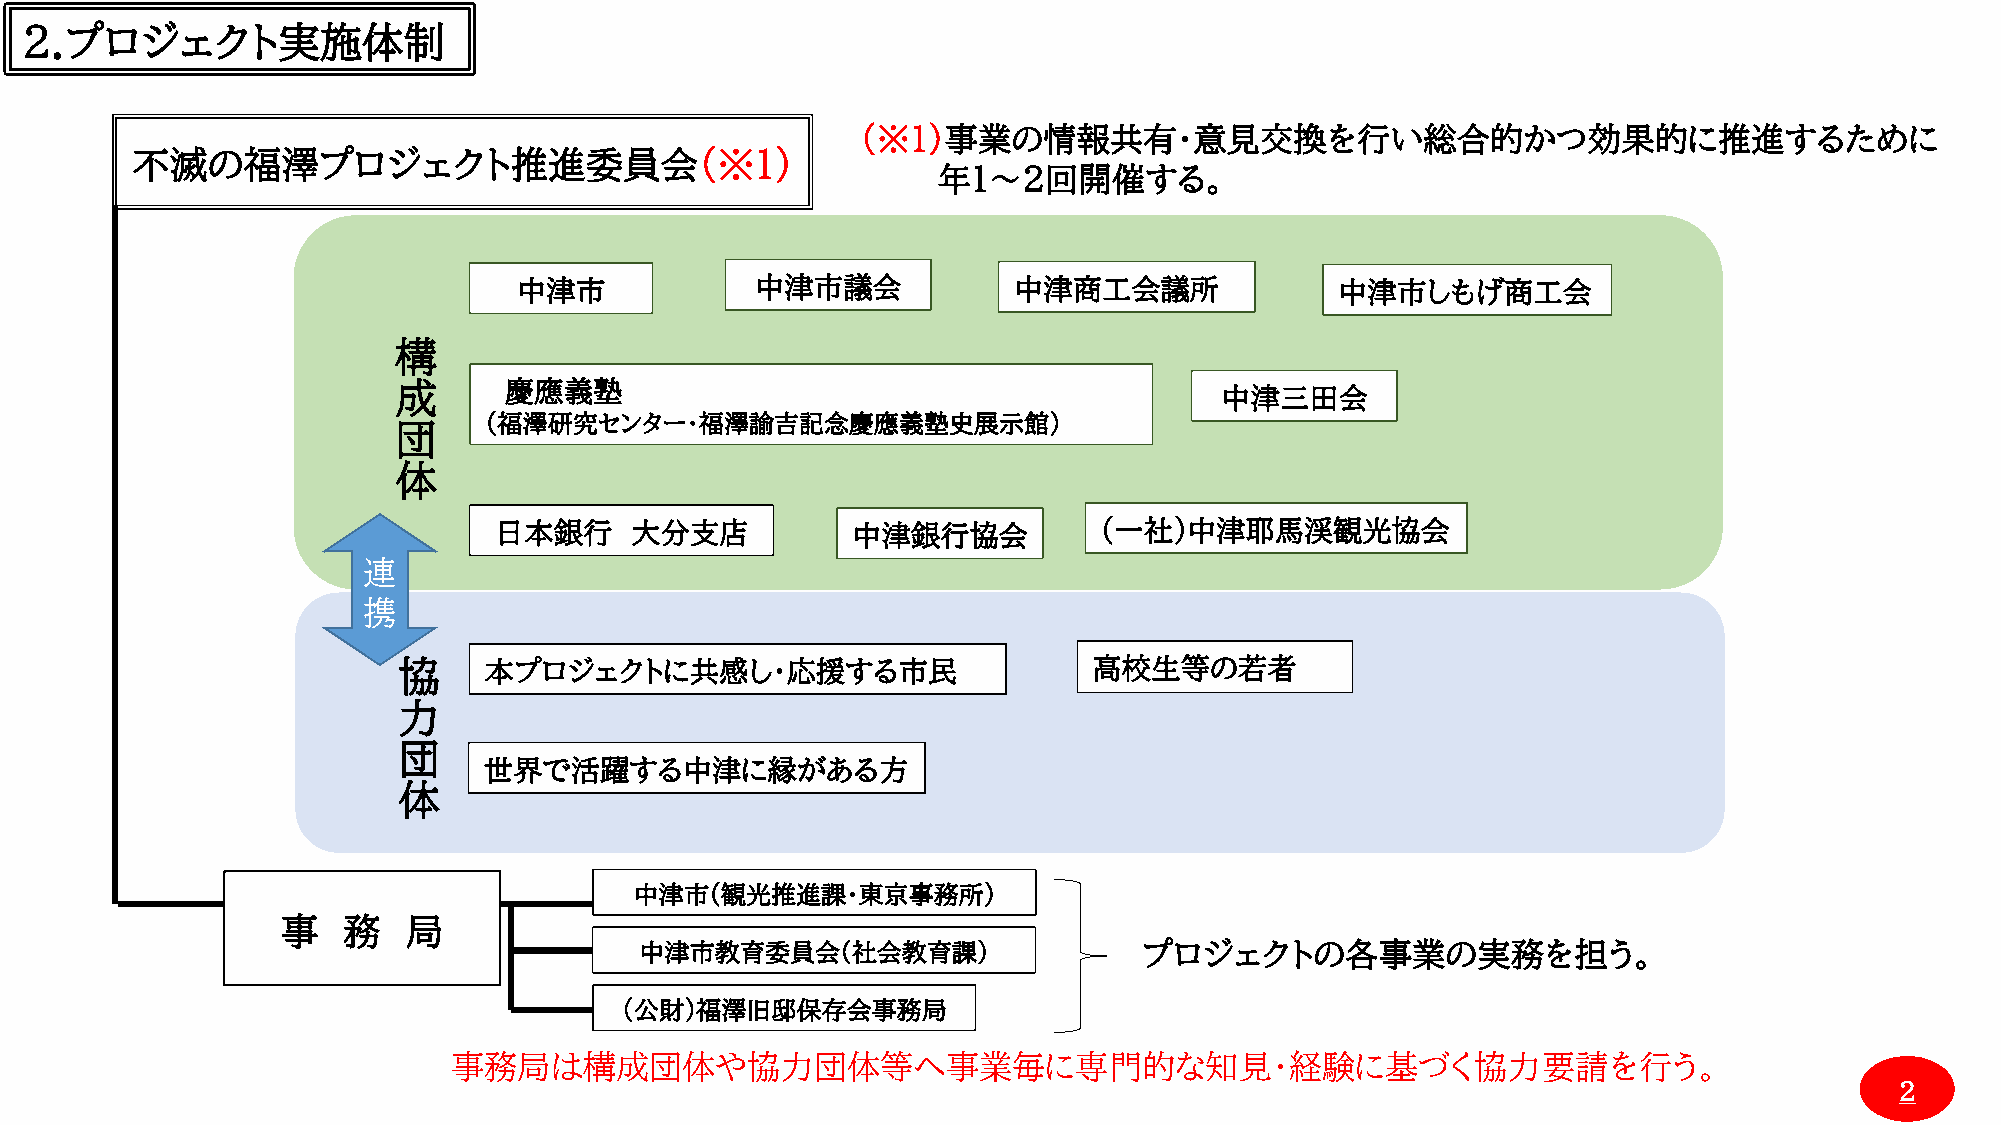
２.プロジェクト実施体制
 （※１）事業の情報共有・意見交換を行い総合的かつ効果的に推進するために
 不滅の福澤プロジェクト推進委員会（※１）
 年1～2回開催する。
 中津市             中津市議会            中津商工会議所               中津市しもげ商工会
 構
 成      慶應義塾                                            中津三田会
 (福澤研究センター・福澤諭吉記念慶應義塾史展示館)
 団
 体
 日本銀行     大分支店          中津銀行協会           (一社)中津耶馬渓観光協会
 連
 携
 協     本プロジェクトに共感し・応援する市民                      高校生等の若者
 力
 団
 世界で活躍する中津に縁がある方
 体
 中津市(観光推進課・東京事務所)
 事   務   局
 中津市教育委員会(社会教育課)                   プロジェクトの各事業の実務を担う。
 (公財)福澤旧邸保存会事務局
 事務局は構成団体や協力団体等へ事業毎に専門的な知見・経験に基づく協力要請を行う。
 ２